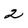
Character: 2